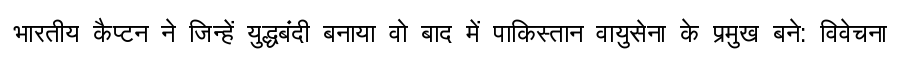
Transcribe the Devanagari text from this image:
भारतीय कैप्टन ने जिन्हें युद्धबंदी बनाया वो बाद में पाकिस्तान वायुसेना के प्रमुख बने: विवेचना